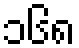
၁၆၈